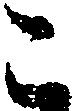
こ